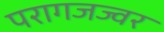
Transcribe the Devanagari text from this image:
परागजज्वर